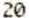
20